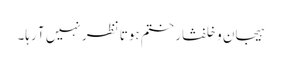
ہیجان وخلفشار ختم ہوتا نظر نہیں آ رہا۔